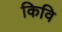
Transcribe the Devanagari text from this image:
किवि